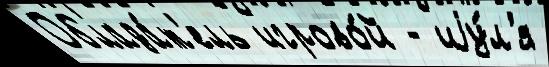
Облада́т'ель игрово́й - иjу́л'я